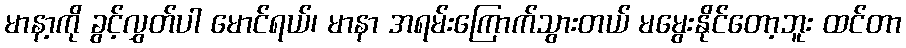
မာနာ့ကို ခွင့်လွှတ်ပါ မောင်ရယ်၊ မာနာ အရမ်းကြောက်သွားတယ် မမွေးနိုင်တော့ဘူး ထင်တာ